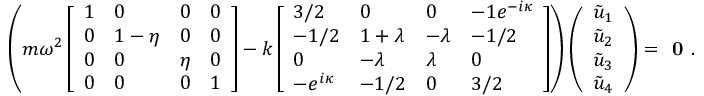
\left( m \omega ^ { 2 } \left[ \begin{array} { l l l l } { 1 } & { 0 } & { 0 } & { 0 } \\ { 0 } & { 1 - \eta } & { 0 } & { 0 } \\ { 0 } & { 0 } & { \eta } & { 0 } \\ { 0 } & { 0 } & { 0 } & { 1 } \end{array} \right] - k \left[ \begin{array} { l l l l } { 3 / 2 } & { 0 } & { 0 } & { - 1 e ^ { - i \kappa } } \\ { - 1 / 2 } & { 1 + \lambda } & { - \lambda } & { - 1 / 2 } \\ { 0 } & { - \lambda } & { \lambda } & { 0 } \\ { - e ^ { i \kappa } } & { - 1 / 2 } & { 0 } & { 3 / 2 } \end{array} \right] \right) \left( \begin{array} { l } { \tilde { u } _ { 1 } } \\ { \tilde { u } _ { 2 } } \\ { \tilde { u } _ { 3 } } \\ { \tilde { u } _ { 4 } } \end{array} \right) = \textbf { 0 } .